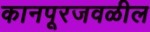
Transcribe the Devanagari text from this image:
कानपूरजवळील